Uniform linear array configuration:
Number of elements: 12
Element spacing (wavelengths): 1
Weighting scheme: hamming
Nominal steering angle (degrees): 30
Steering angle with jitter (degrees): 31.174
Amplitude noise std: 0.05
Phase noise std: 0.05

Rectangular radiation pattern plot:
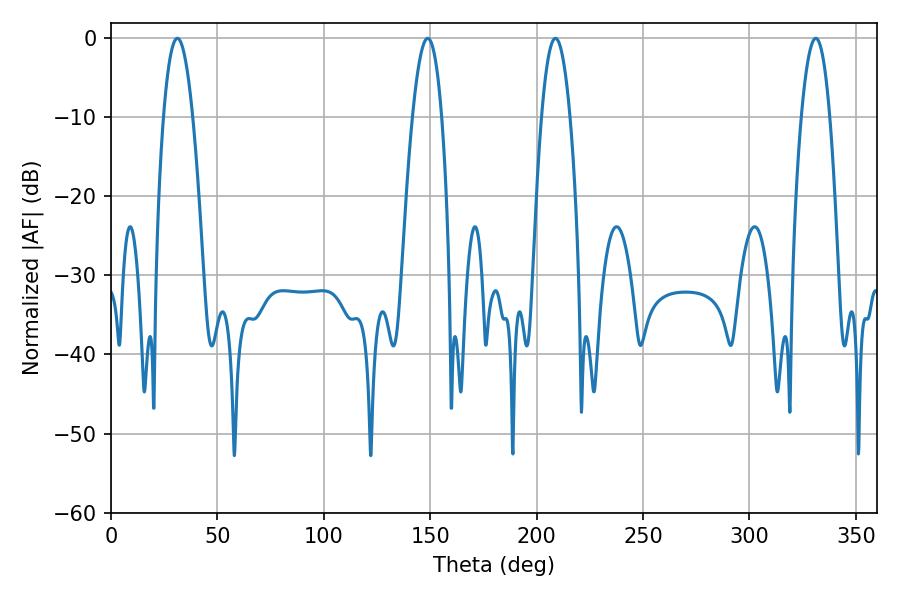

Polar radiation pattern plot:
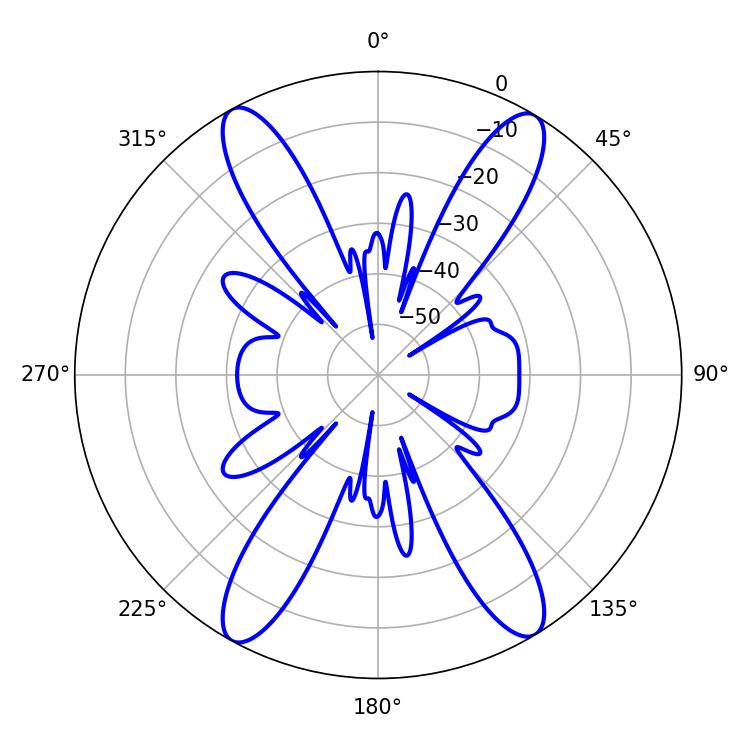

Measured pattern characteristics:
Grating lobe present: TRUE
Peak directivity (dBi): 21.81
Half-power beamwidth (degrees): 7.38
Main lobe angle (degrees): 331.2